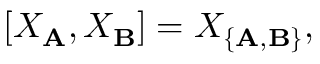
[ X _ { \bf A } , X _ { \bf B } ] = X _ { \{ { \bf A } , { \bf B } \} } ,